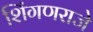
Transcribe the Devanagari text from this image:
शिंगणराजे